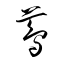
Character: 蔦